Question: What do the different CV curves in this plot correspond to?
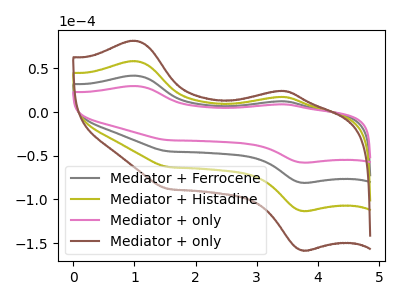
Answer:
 <answer>The gray curve is labeled "Mediator + Ferrocene". The olive curve is labeled "Mediator + Histadine". The pink curve is labeled "Mediator + only". The brown curve is labeled "Mediator + only".</answer>
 <eval></eval>